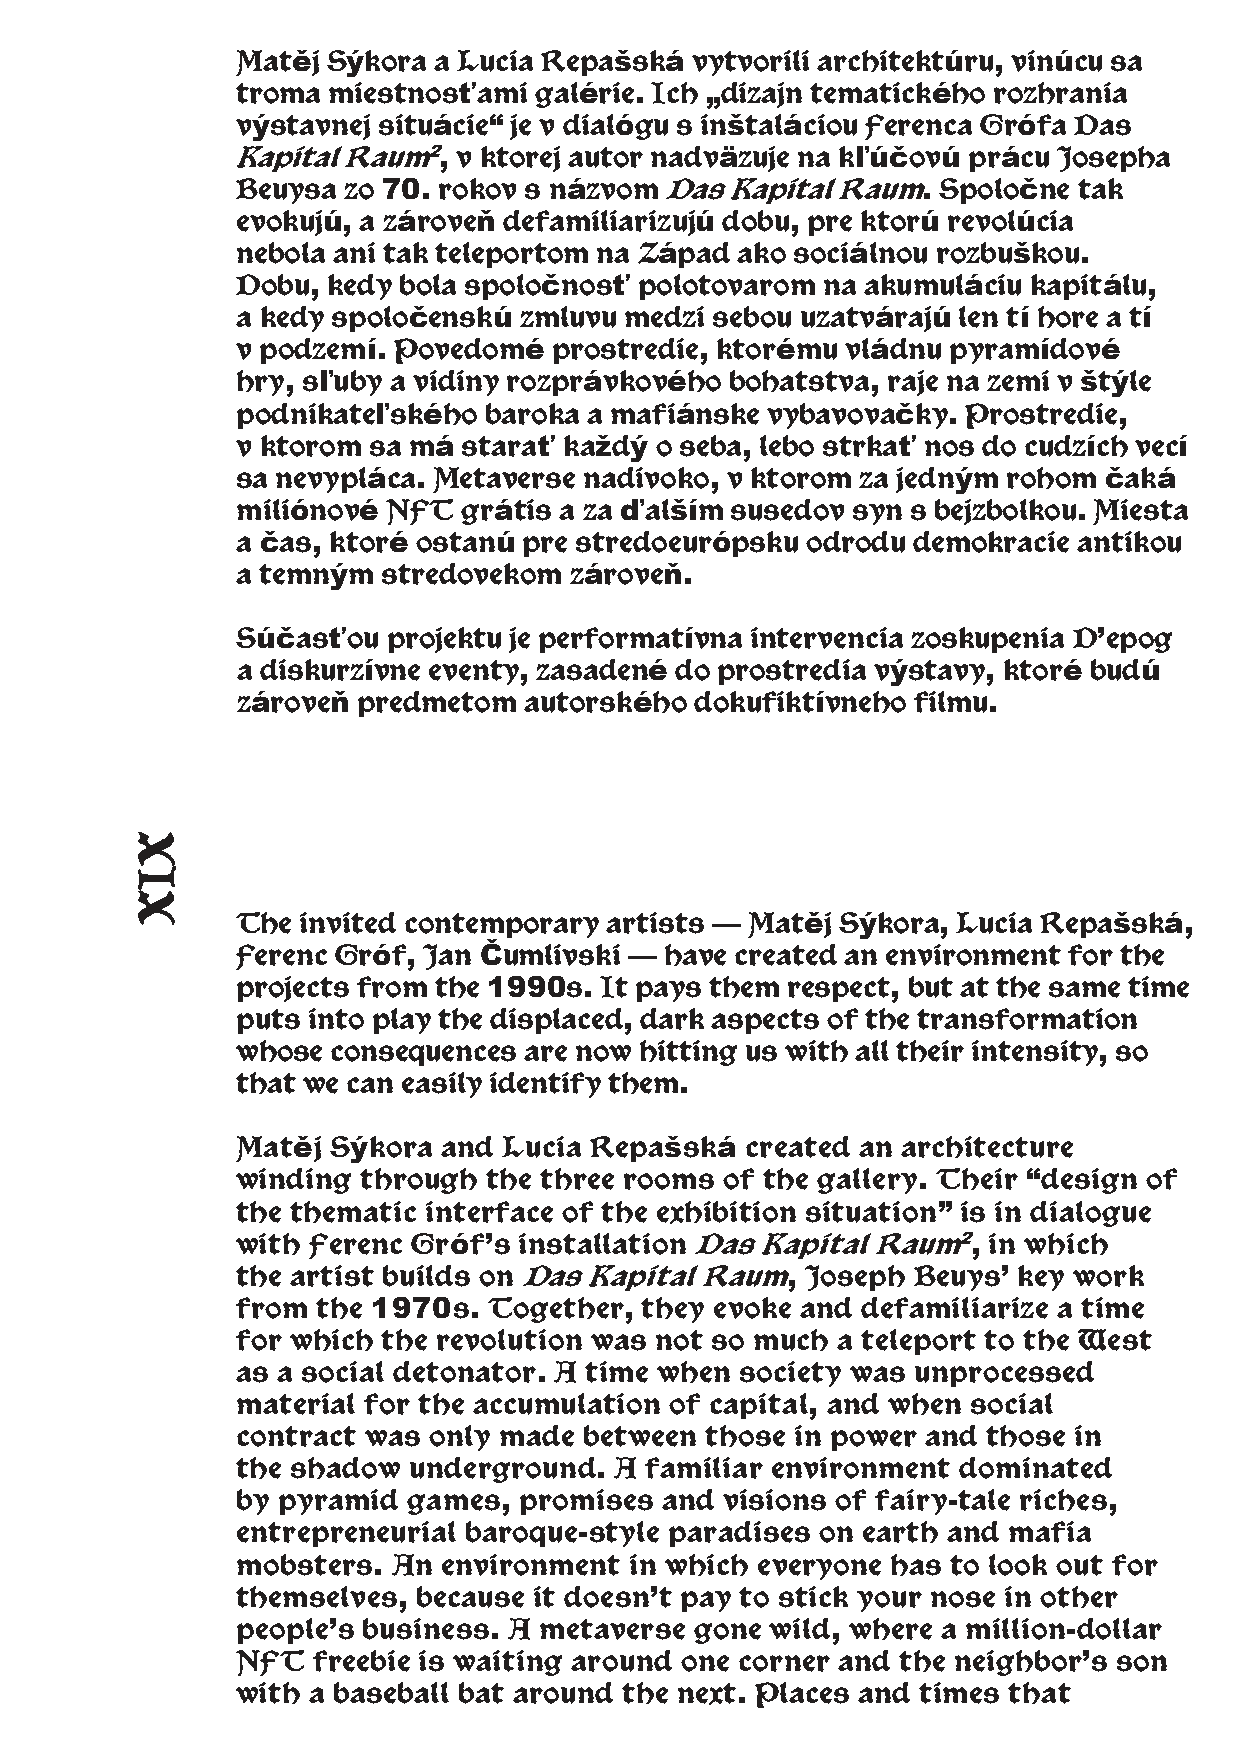
Matěj Sýkora a Lucia Repašská vytvorili architektúru, vinúcu sa
 troma miestnosťami galérie. Ich „dizajn tematického rozhrania
 výstavnej situácie“ je v dialógu s inštaláciou Ferenca Grófa Das
 Kapital Raum2, v ktorej autor nadväzuje na kľúčovú prácu Josepha
 Beuysa zo 70. rokov s názvom Das Kapital Raum. Spoločne tak
 evokujú, a zároveň defamiliarizujú dobu, pre ktorú revolúcia
 nebola ani tak teleportom na Západ ako sociálnou rozbuškou.
 Dobu, kedy bola spoločnosť polotovarom na akumuláciu kapitálu,
 a kedy spoločenskú zmluvu medzi sebou uzatvárajú len tí hore a tí
 v podzemí. Povedomé  prostredie, ktorému vládnu pyramídové
 hry, sľuby a vidiny rozprávkového bohatstva, raje na zemi v štýle
 podnikateľského baroka a mafiánske vybavovačky. Prostredie,
 v ktorom sa má starať každý o seba, lebo strkať nos do cudzích vecí
 sa nevypláca. Metaverse nadivoko, v ktorom za jedným rohom čaká
 miliónové NFT  grátis a za ďalším susedov syn s bejzbolkou. Miesta
 a čas, ktoré ostanú pre stredoeurópsku odrodu demokracie antikou
 a temným stredovekom  zároveň.
 Súčasťou  projektu je performatívna intervencia zoskupenia D’epog
 a diskurzívne eventy, zasadené do prostredia výstavy, ktoré budú
 zároveň predmetom  autorského dokufiktívneho filmu.
 The invited contemporary artists — Matěj Sýkora, Lucia Repašská,
 Ferenc Gróf, Jan Čumlivski — have created an environment for the
 projects from the 1990s. It pays them respect, but at the same time
 puts into play the displaced, dark aspects of the transformation
 whose consequences are now hitting us with all their intensity, so
 that we can easily identify them.
 Matěj Sýkora and Lucia Repašská  created an architecture
 winding through the three rooms of the gallery. Their “design of
 the thematic interface of the exhibition situation” is in dialogue
 with Ferenc Gróf’s installation Das Kapital Raum2, in which
 the artist builds on Das Kapital Raum, Joseph Beuys’ key work
 from the 1970s. Together,  they evoke and defamiliarize a time
 for which the revolution was not so much a teleport to the West
 as a social detonator. A time when society was unprocessed
 material for the accumulation of capital, and when social
 contract was only made between those in power and those in
 the shadow underground.  A familiar environment dominated
 by pyramid games, promises  and visions of fairy-tale riches,
 entrepreneurial baroque-style paradises on earth and mafia
 mobsters. An environment  in which everyone has to look out for
 themselves, because it doesn’t pay to stick your nose in other
 people’s business. A metaverse gone wild, where a million-dollar
 NFT  freebie is waiting around one corner and the neighbor’s son
 with a baseball bat around the next. Places and times that
 XIX